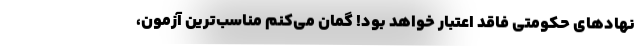
نهادهای حکومتی فاقد اعتبار خواهد بود! گمان می‌کنم مناسب‌ترین آزمون،